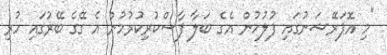
"މި އޮޕަރޭޝަނުގައި ފުލުހުން އެގެ ބަލާ ފާސްކުރިކުރުމުން އެ ގޭގެ ބޭރުގައި ހުރި